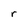
Character: r